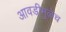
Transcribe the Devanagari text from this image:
आवडीमुळेच